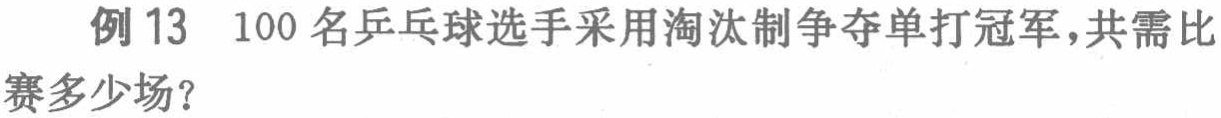
例 13  100 名乒乓球选手采用淘汰制争夺单打冠军，共需比赛多少场？